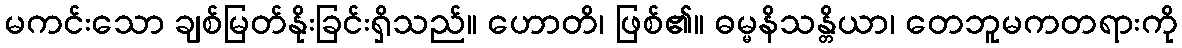
မကင်းသော ချစ်မြတ်နိုးခြင်းရှိသည်။ ဟောတိ၊ ဖြစ်၏။ ဓမ္မနိသန္တိယာ၊ တေဘူမကတရားကို